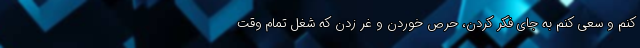
کنم و سعی کنم به جای فکر کردن، حرص خوردن و غر زدن که شغل تمام وقت